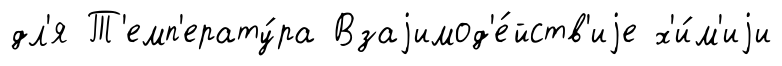
дл'я Т'емп'ерату́ра Взаjимод'е́йств'иjе х'и́м'иjи